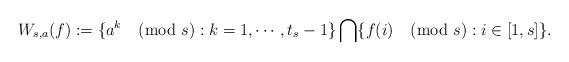
LaTeX: \begin{align*}W_{s,a}(f) := \{a^k\pmod s:k=1,\cdots, t_s-1\}\bigcap\{f(i)\pmod s:i\in[1,s]\}.\end{align*}